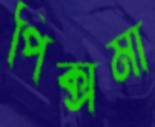
পিক্সমা